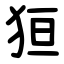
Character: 狟